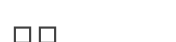
٤١